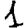
Digit: 1